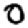
Digit: 0